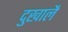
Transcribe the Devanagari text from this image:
दुखालै